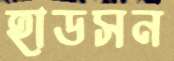
হাডসন